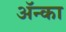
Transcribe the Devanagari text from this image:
अॅन्का